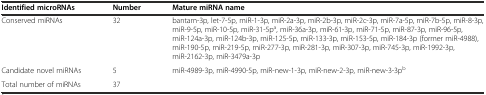
<table><thead><tr><td><b>Identified microRNAs</b></td><td><b>Number</b></td><td><b>Mature miRNA name</b></td></tr></thead><tbody><tr><td>Conserved miRNAs</td><td>32</td><td>bantam-3p, let-7-5p, miR-1-3p, miR-2a-3p, miR-2b-3p, miR-2c-3p, miR-7a-5p, miR-7b-5p, miR-8-3p, miR-9-5p, miR-10-5p, miR-31-5p<sup>a</sup>, miR-36a-3p, miR-61-3p, miR-71-5p, miR-87-3p, miR-96-5p, miR-124a-3p, miR-124b-3p, miR-125-5p, miR-133-3p, miR-153-5p, miR-184-3p (former miR-4988), miR-190-5p, miR-219-5p, miR-277-3p, miR-281-3p, miR-307-3p, miR-745-3p, miR-1992-3p, miR-2162-3p, miR-3479a-3p</td></tr><tr><td>Candidate novel miRNAs</td><td>5</td><td>miR-4989-3p, miR-4990-5p, miR-new-1-3p, miR-new-2-3p, miR-new-3-3p<sup>b</sup></td></tr><tr><td>Total number of miRNAs</td><td>37</td><td></td></tr></tbody></table>